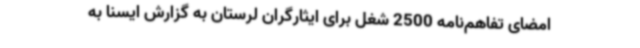
امضای تفاهم‌نامه 2500 شغل برای ایثارگران لرستان به گزارش ایسنا به